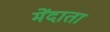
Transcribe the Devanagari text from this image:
मेंदाता